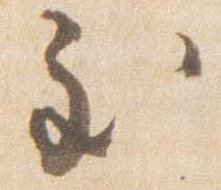
至